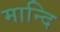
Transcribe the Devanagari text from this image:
मान्दि